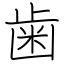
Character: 歯